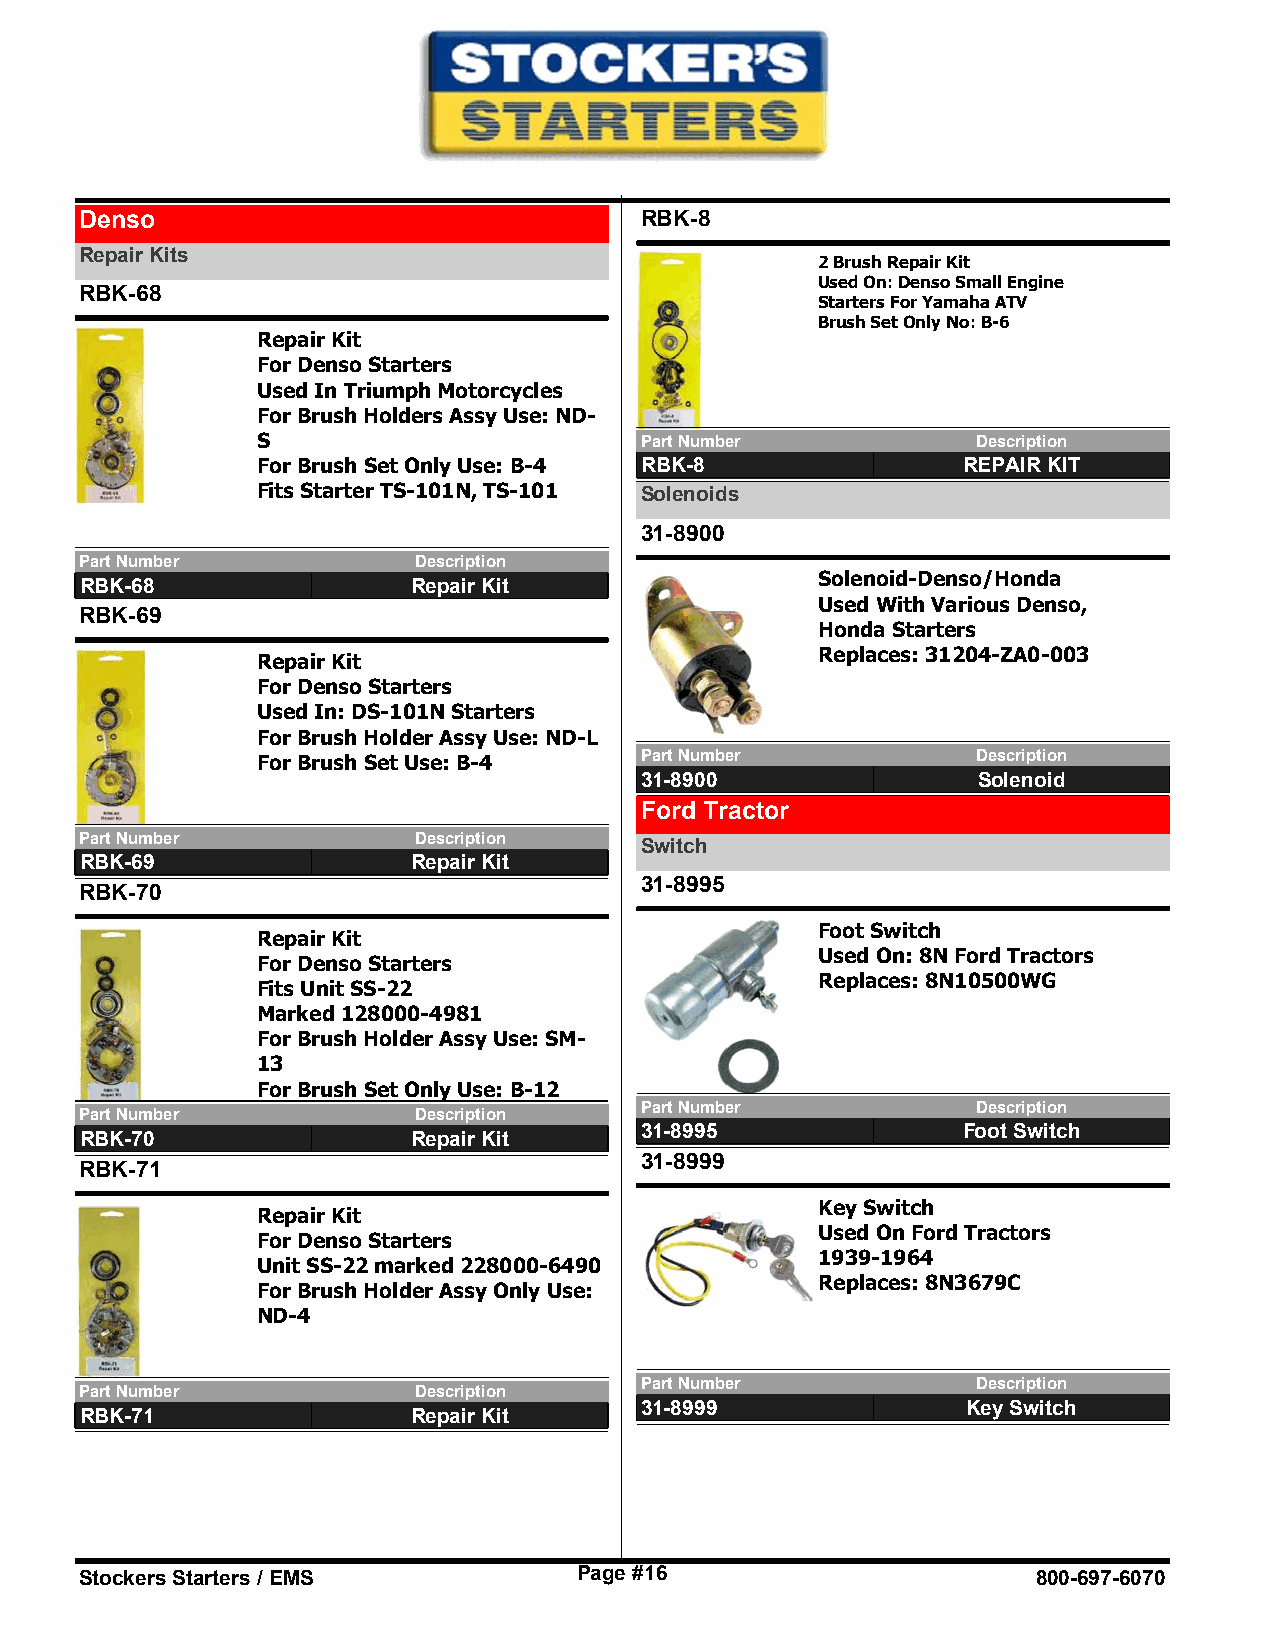
Denso                                RBK-8
 Repair Kits
 2 Brush Repair Kit
 Used On: Denso Small Engine
 RBK-68
 Starters For Yamaha ATV
 Brush Set Only No: B-6
 Repair Kit
 For Denso Starters
 Used In Triumph Motorcycles
 For Brush Holders Assy Use: ND-
 S                        Part Number            Description
 For Brush Set Only Use: B-4 RBK-8              REPAIR KIT
 Fits Starter TS-101N, TS-101 Solenoids
 31-8900
 Part Number           Description
 Solenoid-Denso/Honda
 RBK-68                Repair Kit
 Used With Various Denso,
 RBK-69
 Honda Starters
 Replaces: 31204-ZA0-003
 Repair Kit
 For Denso Starters
 Used In: DS-101N Starters
 For Brush Holder Assy Use: ND-L
 For Brush Set Use: B-4   Part Number            Description
 31-8900                Solenoid
 Ford Tractor
 Part Number           Description
 Switch
 RBK-69                Repair Kit
 31-8995
 RBK-70
 Foot Switch
 Repair Kit
 Used On: 8N Ford Tractors
 For Denso Starters
 Replaces: 8N10500WG
 Fits Unit SS-22
 Marked 128000-4981
 For Brush Holder Assy Use: SM-
 13
 For Brush Set Only Use: B-12
 Part Number            Description
 Part Number           Description
 31-8995               Foot Switch
 RBK-70                Repair Kit
 31-8999
 RBK-71
 Key Switch
 Repair Kit
 Used On Ford Tractors
 For Denso Starters
 1939-1964
 Unit SS-22 marked 228000-6490
 Replaces: 8N3679C
 For Brush Holder Assy Only Use:
 ND-4
 Part Number            Description
 Part Number           Description
 31-8999               Key Switch
 RBK-71                Repair Kit
 Stockers Starters / EMS          Page #16                       800-697-6070